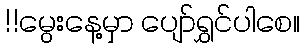
!!မွေးနေ့မှာ ပျော်ရွှင်ပါစေ။